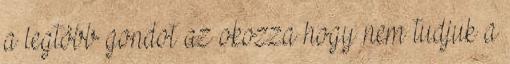
a legtöbb gondot az okozza hogy nem tudjuk a